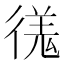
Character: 𫹝